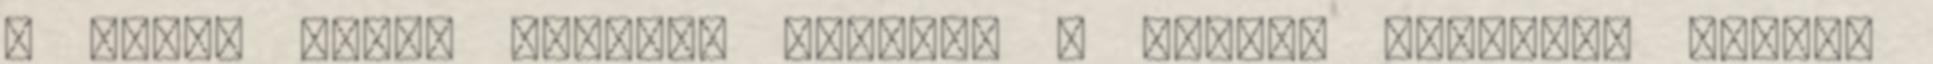
A nyári német támadás kezdete a keleti fronton. június